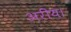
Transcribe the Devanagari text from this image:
अरीय।